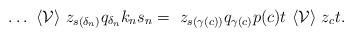
LaTeX: \begin{align*}\dots~\langle\mathcal{V}\rangle~z_{s(\delta_n)}q_{\delta_n}k_ns_n=~z_{s(\gamma(c))}q_{\gamma(c)}p(c)t~\langle\mathcal{V}\rangle~z_c t.\end{align*}